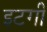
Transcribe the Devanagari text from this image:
इटगी